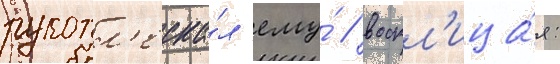
рукопл'еска́л ему́ / воскл'ица́я: